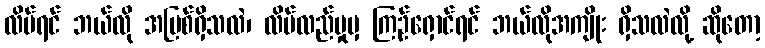
လိမ်ရင် ဘယ်လို အပြစ်ရှိသလဲ၊ လိမ်လည်မှုမှ ကြဉ်ရှောင်ရင် ဘယ်လိုအကျိုး ရှိသလဲလို့ ဆိုတော့